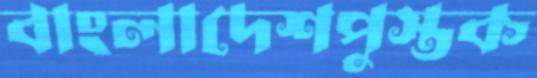
বাংলাদেশপুস্তক